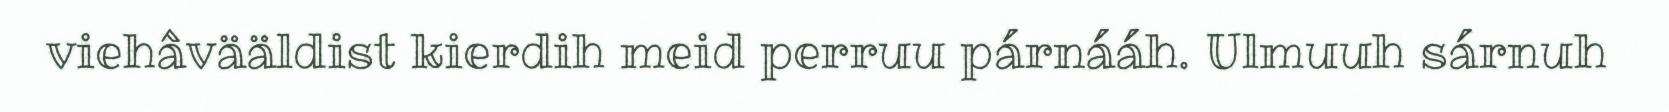
viehâvääldist kierdih meid perruu párnááh. Ulmuuh sárnuh